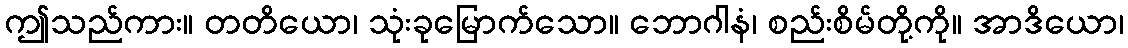
ဤသည်ကား။ တတိယော၊ သုံးခုမြောက်သော။ ဘောဂါနံ၊ စည်းစိမ်တို့ကို။ အာဒိယော၊